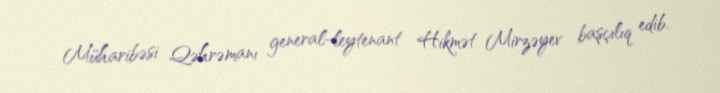
Müharibəsi Qəhrəmanı general-leytenant Hikmət Mirzəyev başçılıq edib.